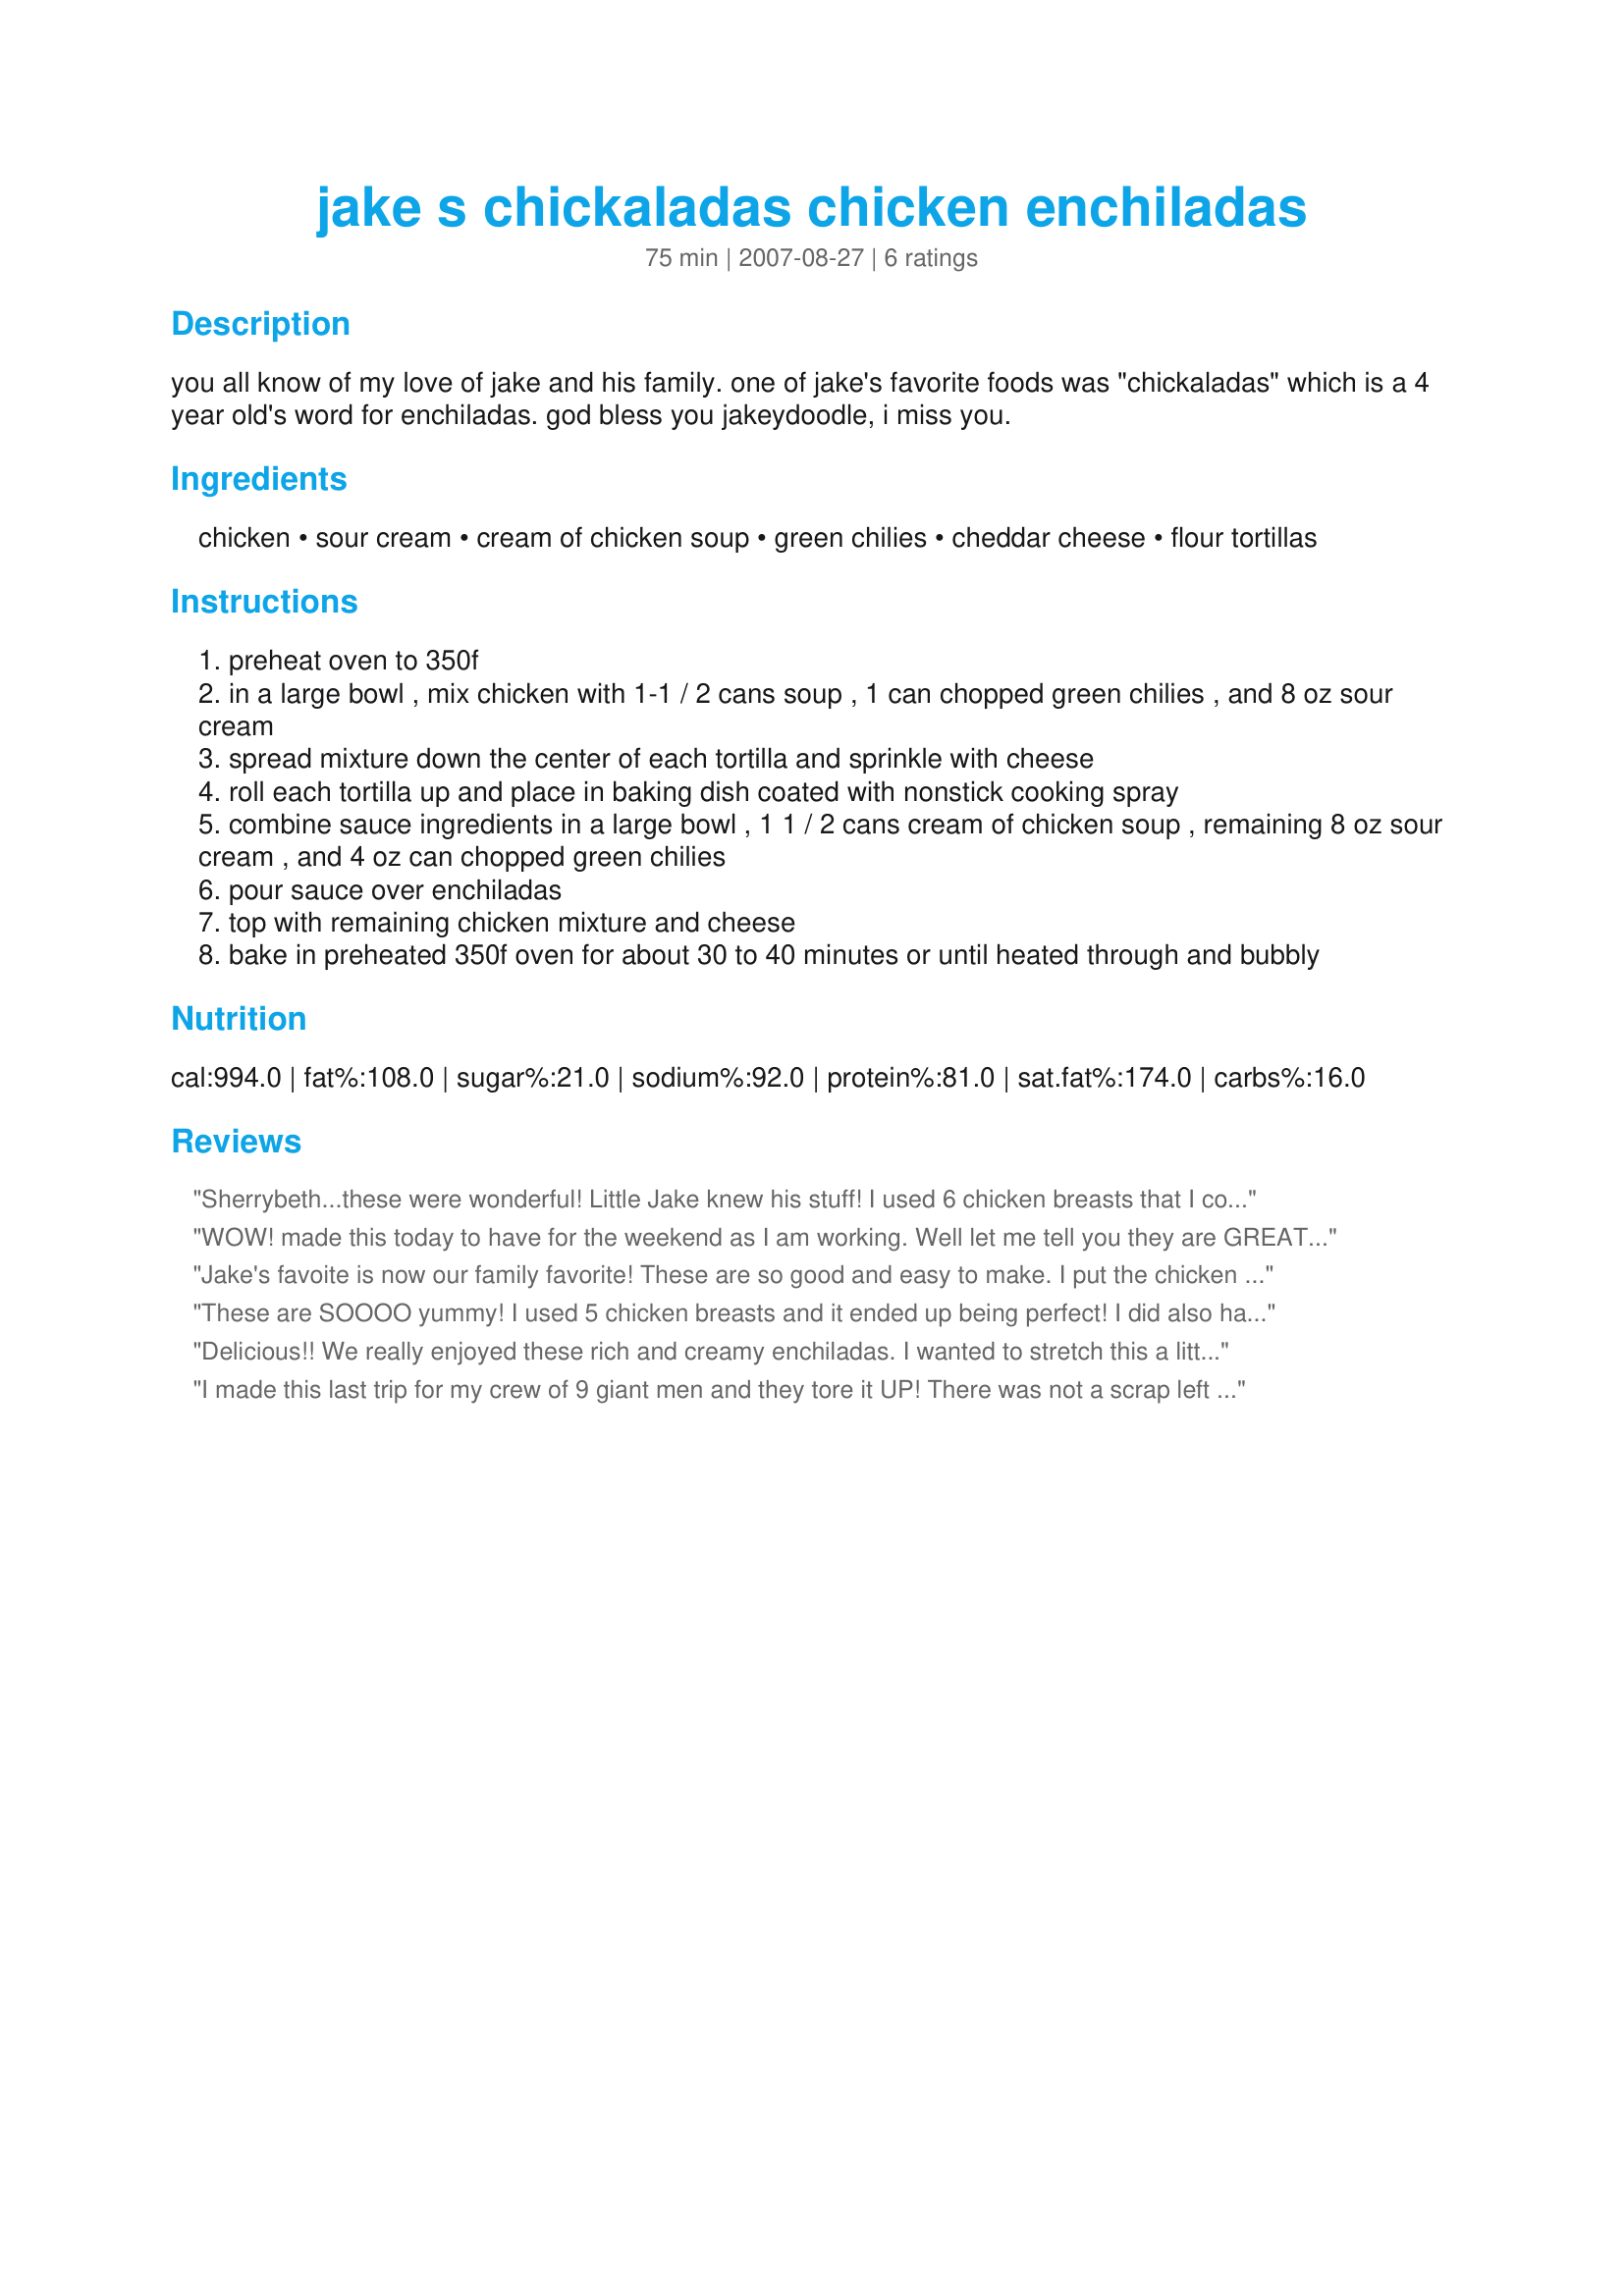
jake s chickaladas chicken enchiladas
Preparation time: 75 minutes

you all know of my love of jake and his family. one of jake's favorite foods was "chickaladas" which is a 4 year old's word for enchiladas.
god bless you jakeydoodle, i miss you.

Ingredients:
chicken, sour cream, cream of chicken soup, green chilies, cheddar cheese, flour tortillas

Steps:
preheat oven to 350f
in a large bowl , mix chicken with 1-1 / 2 cans soup , 1 can chopped green chilies , and 8 oz sour cream
spread mixture down the center of each tortilla and sprinkle with cheese
roll each tortilla up and place in baking dish coated with nonstick cooking spray
combine sauce ingredients in a large bowl , 1 1 / 2 cans cream of chicken soup , remaining 8 oz sour cream , and 4 oz can chopped green chilies
pour sauce over enchiladas
top with remaining chicken mixture and cheese
bake in preheated 350f oven for about 30 to 40 minutes or until heated through and bubbly

Reviews:
Sherrybeth...these were wonderful! Little Jake knew his stuff! I used 6 chicken breasts that I cooked in the crock pot with garlic and black pepper,2 fat free cream of chicken soups and 1 can of cream of onion. I was out of green chilies but I don't think it made much of a difference. I will be making these again and again. Very tasty and easy to throw together. Thanks so much for posting! :)
WOW! made this today to have for the weekend as I am working. Well let me tell you they are GREAT. I was waiting for them to cool to cover & refridgerate & the smell made me take a tiny taste, and another, & and another. Had to cover them & get them in the fridge. Thanks for an easy & wonderful recipe. True comfort food.
Jake's favoite is now our family favorite! These are so good and easy to make. I put the chicken in the crock pot in the morning so it was ready to shred by dinner. The only change I made was to use fresh roasted poblano chilies instead of canned. I loved the flour tortillas in this recipe. We will have this again and again! Thanks Sherrybeth and precious Jake - whose touching videos I found on YouTube.
These are SOOOO yummy! 
I used 5 chicken breasts and it ended up being perfect! I did also have alot of left over sauce when I was done rolling up the 6 tortillas, and ended up using another 2 as well (these were 10 inch tortillas). We have enough for 2 dinners, plus a lunch for my DH to take to work. I will be making this again and again. Thanks Sherry!
As a side note....Jake sure knew his food! ;) I made these for my kids and told them about Jake, and his fight for his life...he was such an incredible little boy! I told them this was his favorite recipe, and the 2 that can talk said that this is one of their favorite recipes. I will always remember Jake and his courage and his love.
Delicious!! We really enjoyed these rich and creamy enchiladas. I wanted to stretch this a little and got 12 enchiladas by using all of the chicken filling inside the enchiladas and none on top. I added some cumin, chili powder, and garlic powder to the chicken mixture, and I think that next time I might add some chopped green onion to the filling, as well. Also, I used Mexican 4-blend cheese instead of the cheddar. I baked this in a 9x13" pan, covered with foil for 40 mins, and uncovered for 10 mins. My family devoured these and gave them 2-thumbs up. Thank you Sherrybeth for sharing this wonderful recipe.
*Made for 2009 Football Pool*
I made this last trip for my crew of 9 giant men and they tore it UP! There was not a scrap left when the meal was over! This one is a sure keeper!
